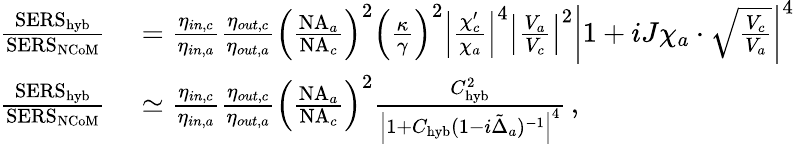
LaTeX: \begin{array}{rl}{\frac{\mathrm{SERS}_{\mathrm{hyb}}}{\mathrm{SERS}_{\mathrm{NCoM}}}}&{{}=\frac{\eta_{in,c}}{\eta_{in,a}}\frac{\eta_{out,c}}{\eta_{out,a}}\left(\frac{\mathrm{NA}_{a}}{\mathrm{NA}_{c}}\right)^{2}\left(\frac{\kappa}{\gamma}\right)^{2}\left|\frac{\chi_{c}^{\prime}}{\chi_{a}}\right|^{4}\left|\frac{V_{a}}{V_{c}}\right|^{2}\left|1+iJ\chi_{a}\cdot\sqrt{\frac{V_{c}}{V_{a}}}\right|^{4}}\\ {\frac{\mathrm{SERS}_{\mathrm{hyb}}}{\mathrm{SERS}_{\mathrm{NCoM}}}}&{{}\simeq\frac{\eta_{in,c}}{\eta_{in,a}}\frac{\eta_{out,c}}{\eta_{out,a}}\left(\frac{\mathrm{NA}_{a}}{\mathrm{NA}_{c}}\right)^{2}\frac{C_{\mathrm{hyb}}^{2}}{\left|1+C_{\mathrm{hyb}}(1-i\tilde{\Delta}_{a})^{-1}\right|^{4}}\, ,}\end{array}